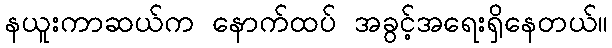
နယူးကာဆယ်က နောက်ထပ် အခွင့်အရေးရှိနေတယ်။